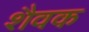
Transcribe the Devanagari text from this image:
शैवक